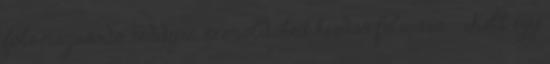
fölé magasodó Teddyre, szemöldökeit kérdőn felvonva. - Kell egy